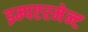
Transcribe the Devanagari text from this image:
इम्पएरमेन्ट